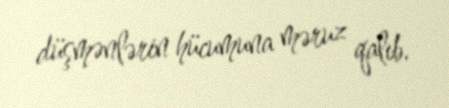
düşmənlərin hücumuna məruz qalıb.